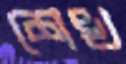
শেখ